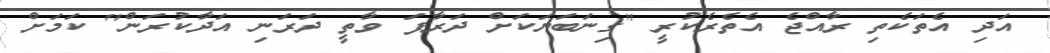
އަދި އެތަކެތި ރާއްޖެ އެތެރެކުރީ "ގިނަބަޔަކަށް ދަރާފަ ވާތީ ދަރަނި އަދާކުރަން" ކަމަށް